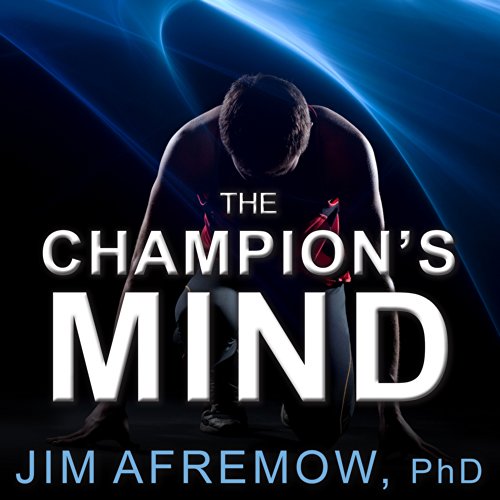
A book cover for The Champion's Mind: How Great Athletes Think, Train, and Thrive; Jim Afremow; Self-Help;